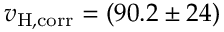
v _ { \mathrm { H , c o r r } } = ( 9 0 . 2 \pm 2 4 )